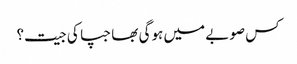
کس صوبے میں ہوگی بھاجپا کی جیت؟